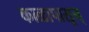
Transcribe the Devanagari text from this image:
काळापासून्